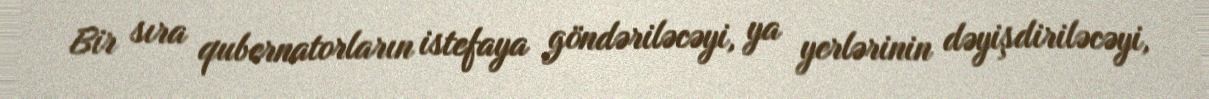
Bir sıra qubernatorların istefaya göndəriləcəyi, ya yerlərinin dəyişdiriləcəyi,